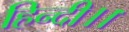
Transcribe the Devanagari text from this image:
हिन्दी।।